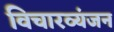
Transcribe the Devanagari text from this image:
विचारव्यंजन